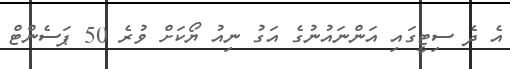
އެ ދެ ސިޓީގައި އަންނައުނުގެ އަގު ނިއު ޔޯކަށް ވުރެ 50 ޕަސެންޓް